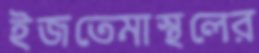
ইজতেমাস্থলের